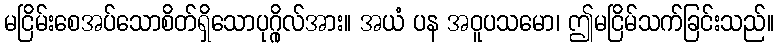
မငြိမ်းစေအပ်သောစိတ်ရှိသောပုဂ္ဂိုလ်အား။ အယံ ပန အဝူပသမော၊ ဤမငြိမ်သက်ခြင်းသည်။